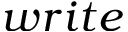
w r i t e